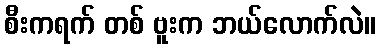
စီးကရက် တစ် ဗူးက ဘယ်လောက်လဲ။